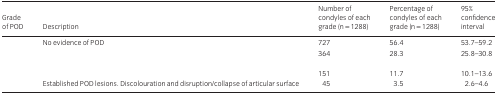
<table><thead><tr><td><b>Grade of POD</b></td><td><b>Description</b></td><td><b>Number of condyles of each grade (n = 1288)</b></td><td><b>Percentage of condyles of each grade (n = 1288)</b></td><td><b>95% confidence interval</b></td></tr></thead><tbody><tr><td>[EMPTY_CELL]</td><td>No evidence of POD</td><td>727</td><td>56.4</td><td>53.7–59.2</td></tr><tr><td>[EMPTY_CELL]</td><td>[EMPTY_CELL]</td><td>364</td><td>28.3</td><td>25.8–30.8</td></tr><tr><td>[EMPTY_CELL]</td><td>[EMPTY_CELL]</td><td>151</td><td>11.7</td><td>10.1–13.6</td></tr><tr><td>[EMPTY_CELL]</td><td>Established POD lesions. Discolouration and disruption/collapse of articular surface</td><td>45</td><td>3.5</td><td>2.6–4.6</td></tr></tbody></table>